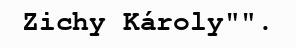
Zichy Károly"".